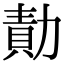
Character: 勣